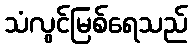
သံလွင်မြစ်ရေသည်